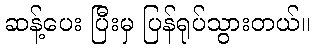
ဆန့်ပေး ပြီးမှ ပြန်ရုပ်သွားတယ်။